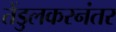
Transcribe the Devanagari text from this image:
तेंडुलकरनंतर